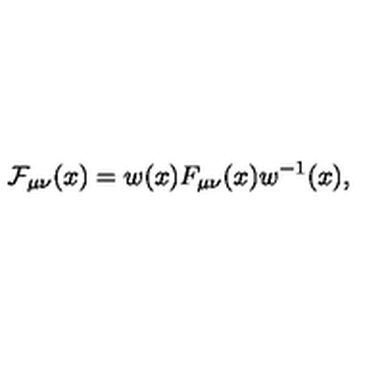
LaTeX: { \mathcal F _ { \mu \nu } } ( x ) = w ( x ) F _ { \mu \nu } ( x ) w ^ { - 1 } ( x ) ,